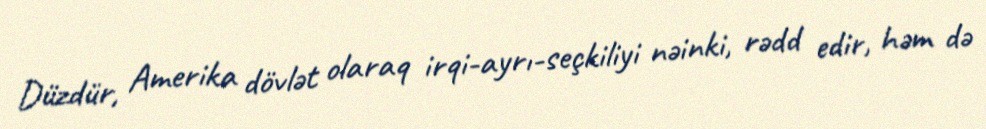
Düzdür, Amerika dövlət olaraq irqi-ayrı-seçkiliyi nəinki, rədd edir, həm də